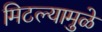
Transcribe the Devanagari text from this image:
मिटल्यामुळे